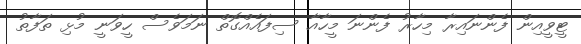
ޓީވީއިން ފެންނައިރާ މިހާރު ފެންނަ މީހާއާ ސިފައެއްގޮތް ނަމަވެސް ހީވަނީ މުޅި ތަފާތު